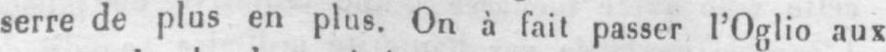
serre de plus en plus. On à fait passer l’Oglio aux